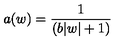
a ( w ) = \frac { 1 } { ( b | w | + 1 ) }